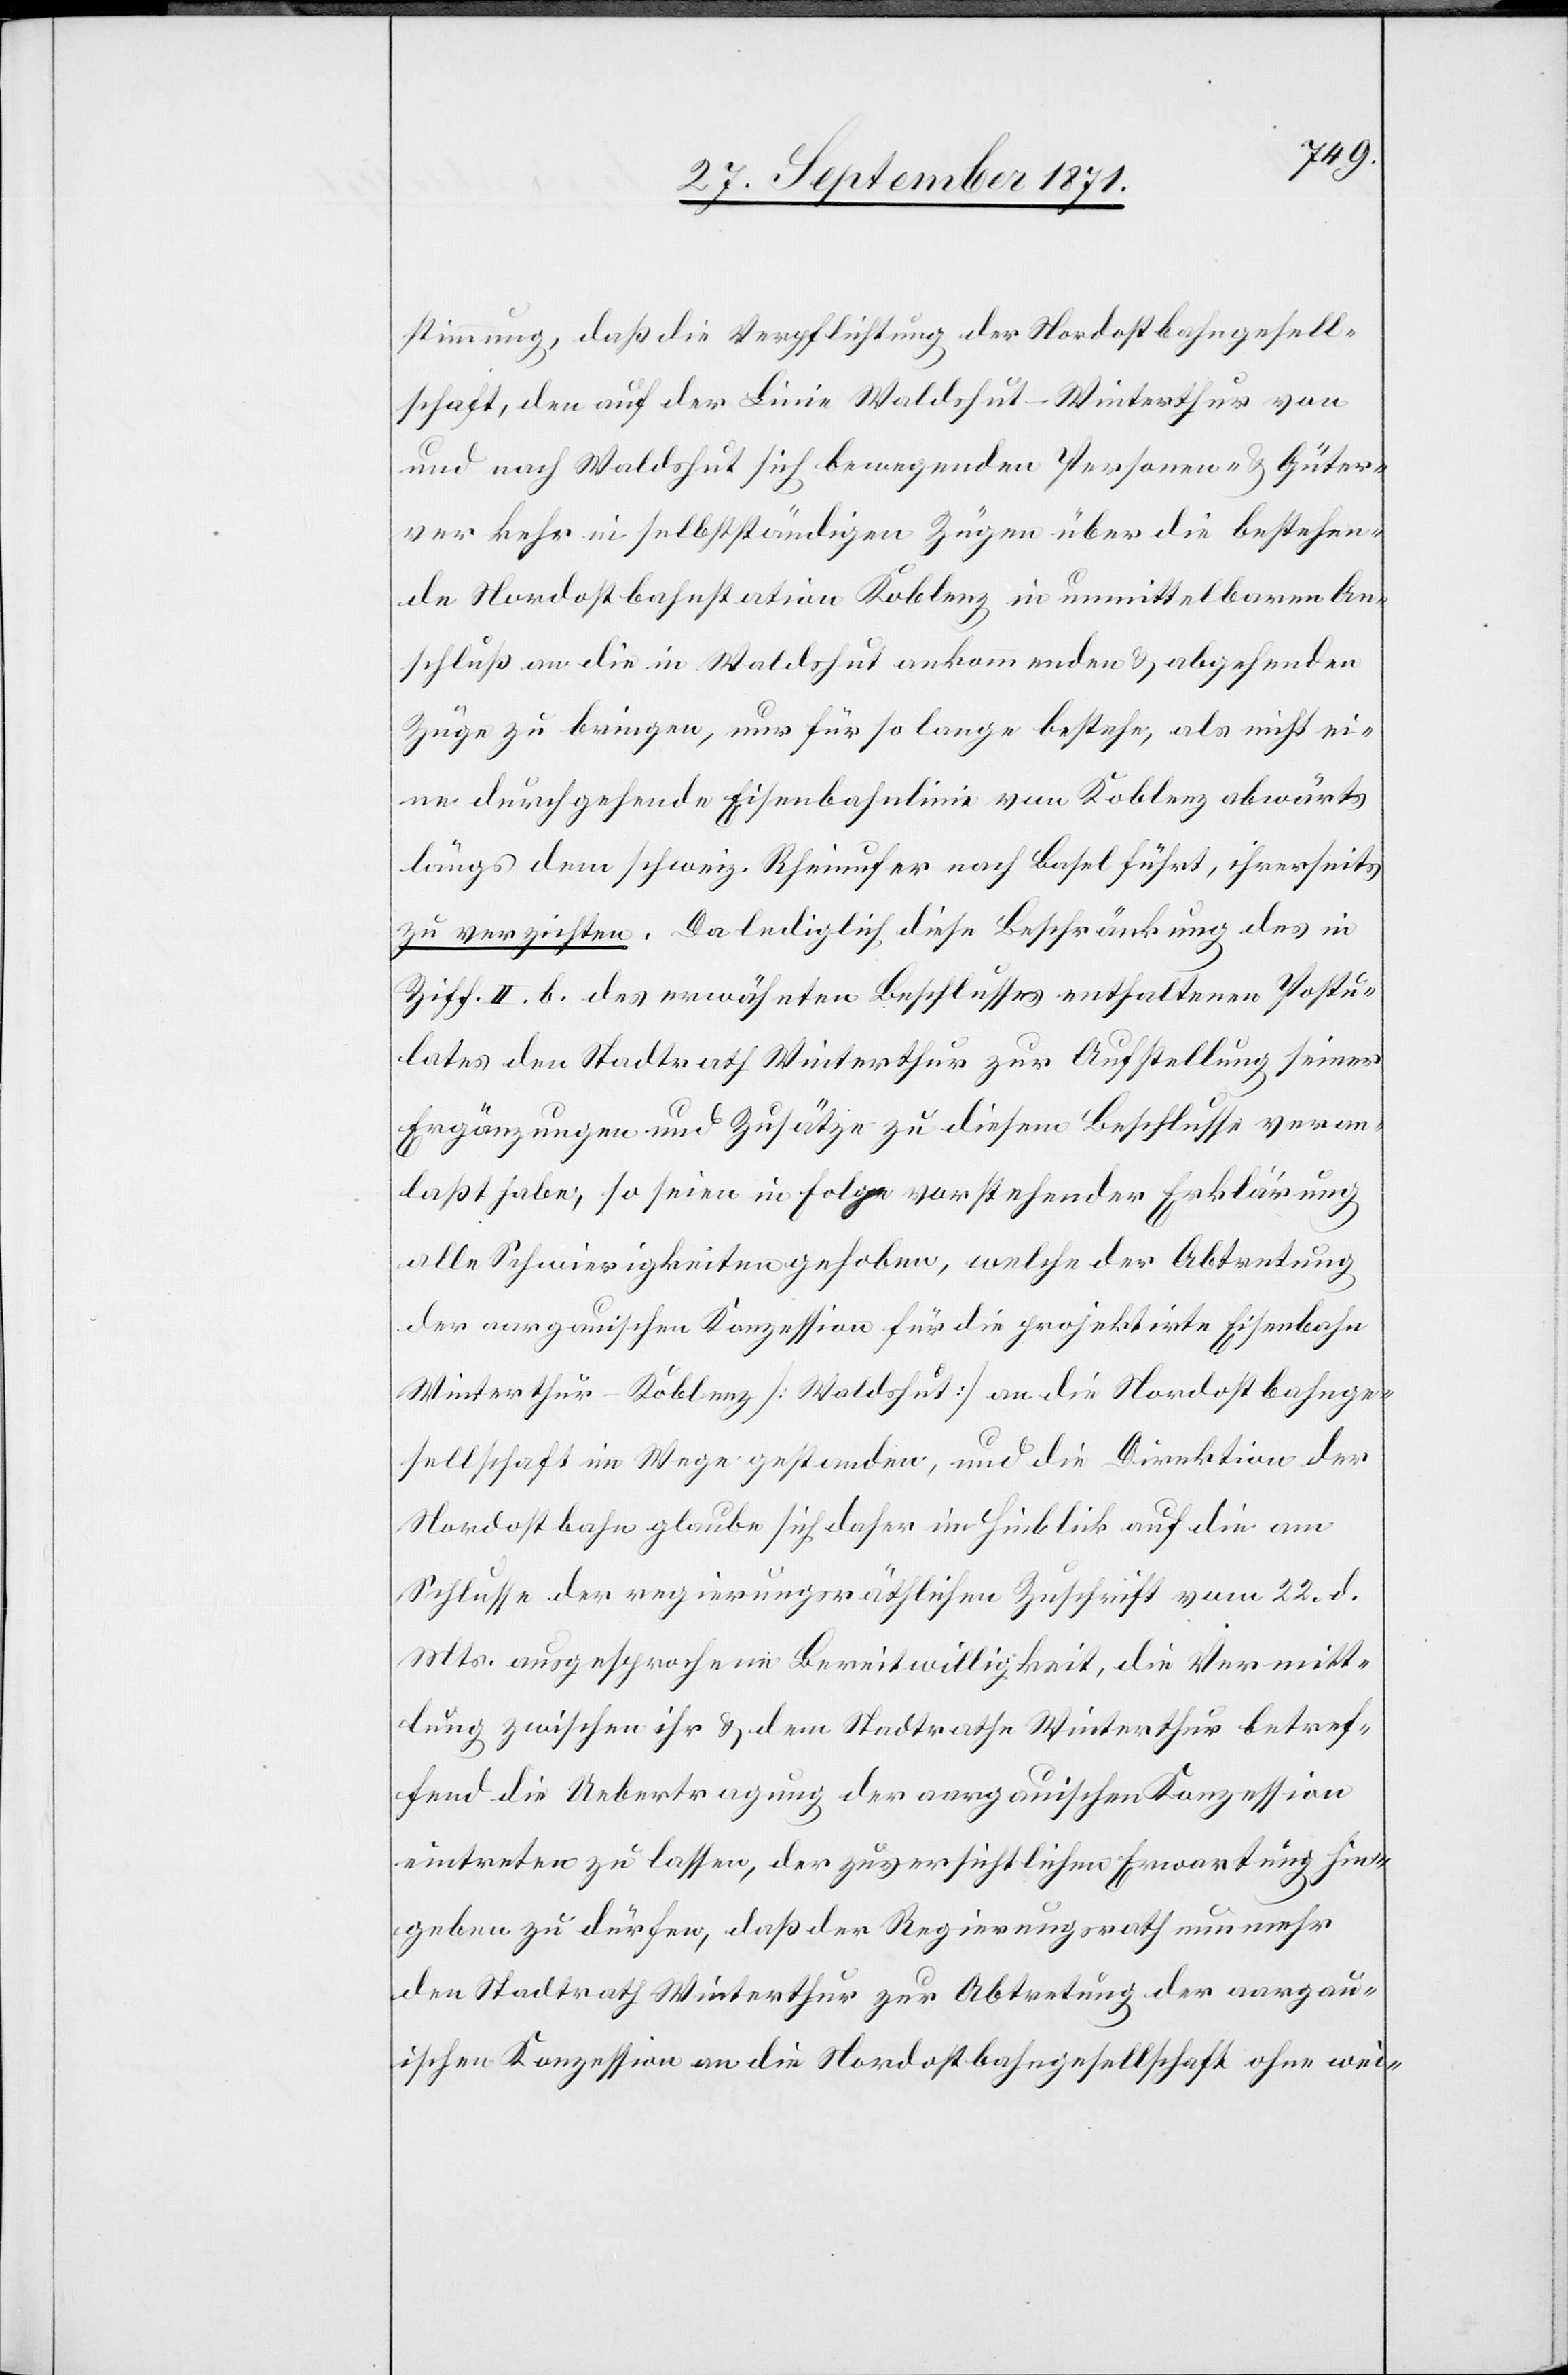
stimmung, daß die Verpflichtung der Nordostbahngesell¬
schaft, den auf der Linie Waldshut–Winterthur von
und nach Waldshut sich bewegenden Personen- & Güter¬
verkehr in selbstständigen Zügen über die bestehen¬
de Nordostbahnstation Koblenz in unmittelbarem An¬
schluß an die in Waldshut ankommenden & abgehenden
Züge zu bringen, nur für so lange bestehe, als nicht ei¬
ne durchgehende Eisenbahnlinie von Koblenz abwärts
längs dem schweiz. Rheinufer nach Basel führt, ihrerseits
zu verzichten. Da lediglich diese Beschränkung des in
Ziff. II. b. des erwähnten Beschlusses enthaltenen Postu¬
lates den Stadtrath Winterthur zur Aufstellung seiner
Ergänzungen und Zusätze zu diesem Beschlusse veran¬
laßt habe, so seien in Folge vorstehender Erklärung
alle Schwierigkeiten gehoben, welche der Abtretung
der aargauischen Konzession für die projektirte Eisenbahn
Winterthur–Koblenz [Waldshut] an die Nordostbahnge¬
sellschaft im Wege gestanden, und die Direktion der
Nordostbahn glaube sich daher im Hinblick auf die am
Schlusse der regierungsräthlichen Zuschrift vom 22. d.
Mts. ausgesprochene Bereitwilligkeit, die Vermitt¬
lung zwischen ihr & dem Stadtrath Winterthur betref¬
fend die Uebertragung der aargauischen Konzession
eintreten zu lassen, der zuversichtlichen Erwartung hin¬
geben zu dürfen, daß der Regierungsrath nunmehr
den Stadtrath Winterthur zur Abtretung der aargau¬
ischen Konzession an die Nordostbahngesellschaft ohne wei-